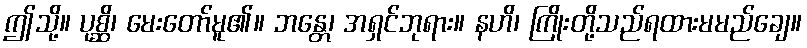
ဤသို့။ ပုစ္ဆိ၊ မေးတော်မူ၏။ ဘန္တေ၊ အရှင်ဘုရား။ နဟိ၊ ကြိုးတို့သည်ရထားမမည်ချေ။